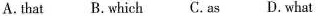
A.that B. Which C.As D. What